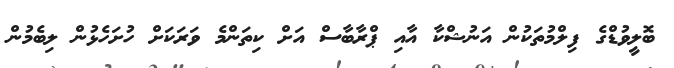
ބޮލީވުޑްގެ ފިލްމުތަކުން އަނުޝްކާ އާއި ޕްރާބާސް އަށް ކިތަންމެ ވަރަކަށް ހުށަހެޅުން ލިބެމުން